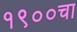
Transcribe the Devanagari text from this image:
१९००चा